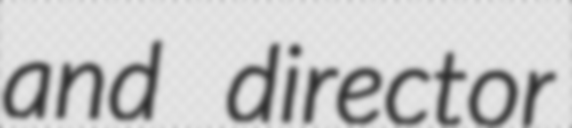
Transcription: and director